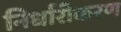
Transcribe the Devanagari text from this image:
निर्धारीकरण